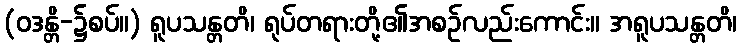
(ဝဒန္တိ-၌စပ်။) ရူပသန္တတိ၊ ရုပ်တရားတို့၏အစဉ်လည်းကောင်း။ အရူပသန္တတိ၊